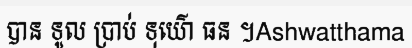
បាន ទូល ប្រាប់ ទុយ៌ោ ធន ។Ashwatthama